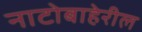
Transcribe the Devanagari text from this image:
नाटोबाहेरील